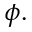
\phi .